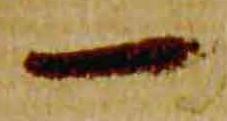
一